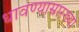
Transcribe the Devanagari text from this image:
धावण्यासारख्या